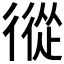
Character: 𢕩